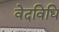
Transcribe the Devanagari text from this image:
वेदविधि